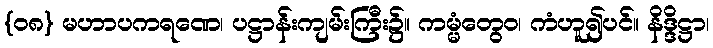
{၀၈} မဟာပကရဏေ၊ ပဋ္ဌာန်းကျမ်းကြီး၌။ ကမ္မံတွေဝ၊ ကံဟူ၍ပင်။ နိဒ္ဒိဋ္ဌာ၊